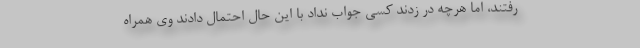
رفتند، اما هرچه در زدند کسی جواب نداد با این حال احتمال دادند وی همراه